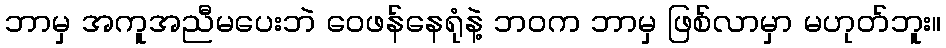
ဘာမှ အကူအညီမပေးဘဲ ဝေဖန်နေရုံနဲ့ ဘဝက ဘာမှ ဖြစ်လာမှာ မဟုတ်ဘူး။